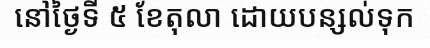
នៅថ្ងៃទី ៥ ខែតុលា ដោយបន្សល់ទុក